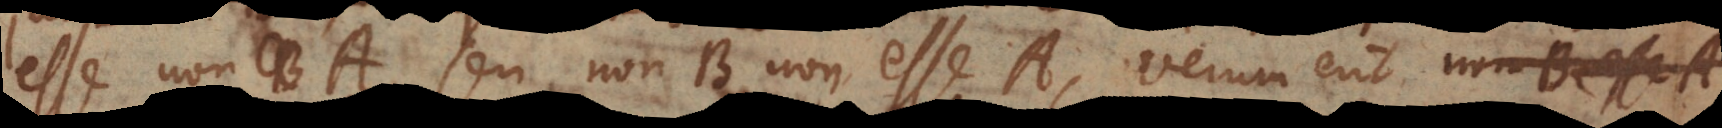
esse non-A, seu non-B non esse A, verum erit non-B esse A.